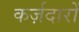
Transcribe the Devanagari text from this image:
कर्ज़दारों